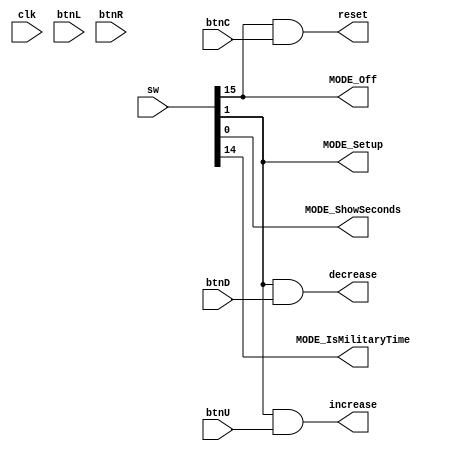
`timescale 1ns / 1ps
//////////////////////////////////////////////////////////////////////////////////
// 
// 
//////////////////////////////////////////////////////////////////////////////////


module ControlCenter
/*** PARAMETERS ***/
#(parameter
    // WL
    CLOCKSPEED  = 100000000
)
/*** IN/OUT ***/
(
    // IN
    input           clk,    // Probably won't need this
                    btnC,   // Function: 
                    btnU,   // Function: increase
                    btnL,   // Function: 
                    btnR,   // Function: 
                    btnD,   // Function: 
    // Switches
    // TODO figure out functions
    input [15:0]    sw,
    
    // OUT
    // These outputs should output wires that define states
    // i.e. reset button
    
    // Data signals
    output          reset, // Resets clock back to 
                    // TODO find better names
                    increase, // Increases time
                    decrease, // Decreases time
                    MODE_Setup, // To set the time
                    MODE_ShowSeconds,
                    MODE_IsMilitaryTime,
                    MODE_Off
);

    // assign MODE_Setup           = sw[0] ? 1 : 0;
    assign reset                = (sw[15] && btnC);
    assign increase             = (MODE_Setup && btnU);
    assign decrease             = (MODE_Setup && btnD);
    assign MODE_ShowSeconds     = sw[0];
    assign MODE_Setup           = sw[1];
    assign MODE_IsMilitaryTime  = sw[14];
    assign MODE_Off             = sw[15];
endmodule